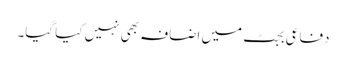
دفاعی بجٹ میں اضافہ بھی نہیں کیا گیا۔